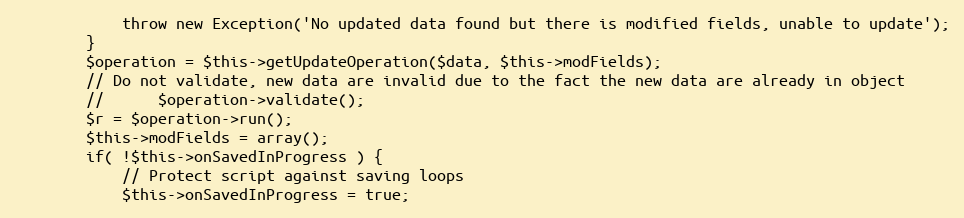
Language: PHP
			throw new Exception('No updated data found but there is modified fields, unable to update');
		}
		$operation = $this->getUpdateOperation($data, $this->modFields);
		// Do not validate, new data are invalid due to the fact the new data are already in object
		// 		$operation->validate();
		$r = $operation->run();
		$this->modFields = array();
		if( !$this->onSavedInProgress ) {
			// Protect script against saving loops
			$this->onSavedInProgress = true;